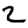
Digit: 2